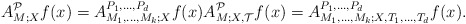
\begin{align*}A_{M;X}^{\mathcal P}f(x) =A_{M_1,\ldots, M_k;X}^{P_1,\ldots, P_d} f(x) A_{{M}; X, {\mathcal T}}^{\mathcal P}f(x) =A_{M_1,\ldots, M_k;X,T_1,\ldots, T_d}^{P_1,\ldots, P_d} f(x).\end{align*}